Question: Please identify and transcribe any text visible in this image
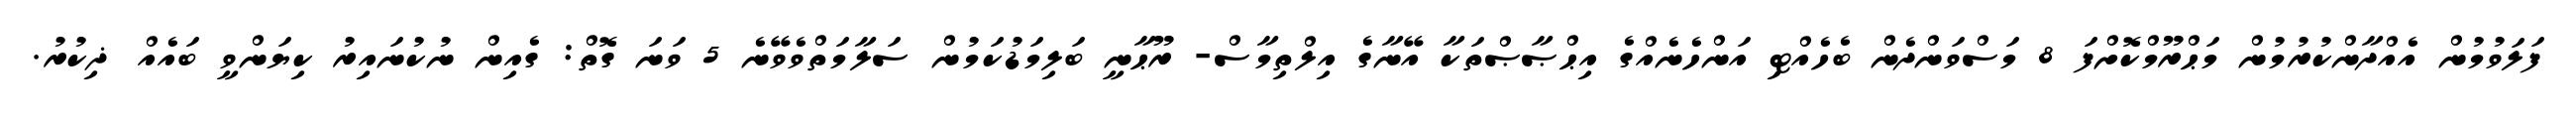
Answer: ފަލަވުމުން އެއްދާންކުރުމުން މަޙްރޫމްކޮށްފަ 8 މަސްވަންދެން ބެހެއްޓި އަންހެނެއްގެ އިޙްޞާޞްތަކާ އޭނާގެ އިލްތިމާސް- ރޫޙާނީ ބަލިމަޑުކަމުން ސަލާމަތްވެވޭނެ 5 ވަނަ ގޮތް: ގެއިން ނުކުނައިރު ކިޔަންވީ ބައެއް ޛިކުރު.